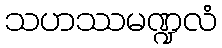
သဟဿမဏ္ဍလံ